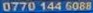
0770 144 6088